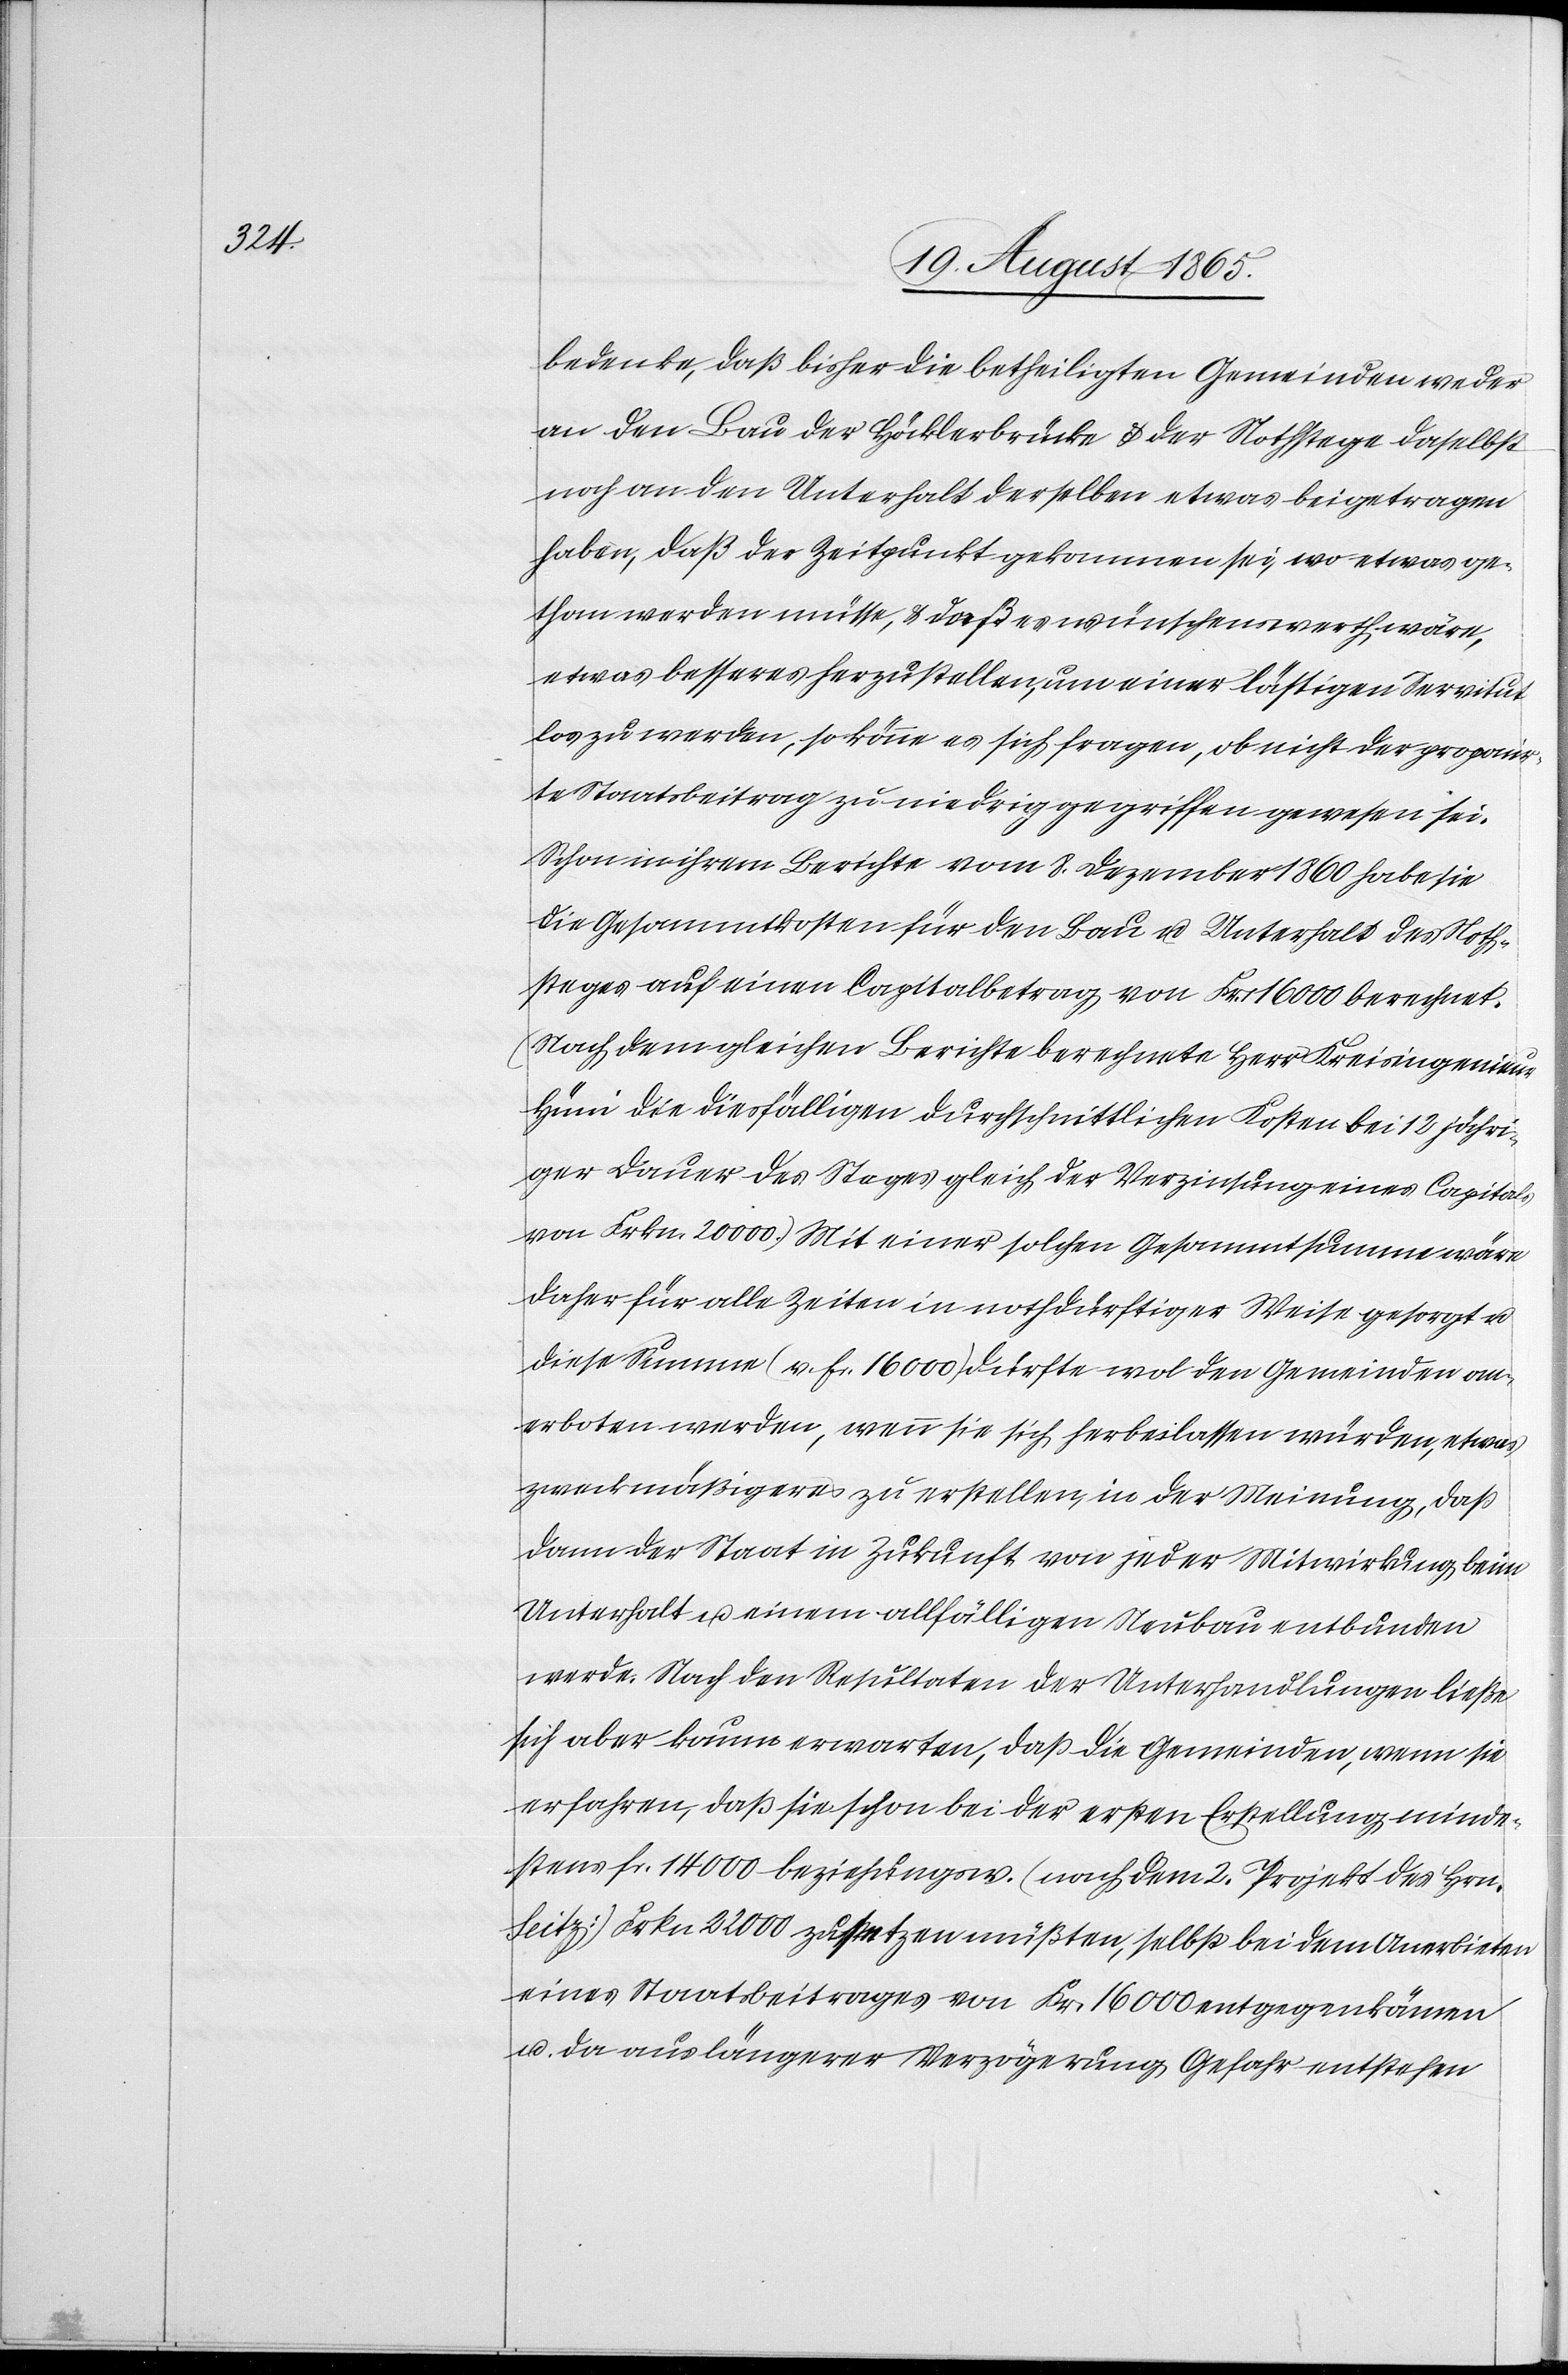
bedenke, daß bisher die betheiligten Gemeinden weder
an den Bau der Höcklerbrücke u. der Nothstege daselbst
noch an den Unterhalt derselben etwas beigetragen
haben, daß der Zeitpunkt gekommen sei, wo etwas ge¬
than werden müsse, u. daß es wünschenswerth wäre,
etwas besseres herzustellen, um einer lästigen Servitut
los zu werden, so könne es sich fragen, ob nicht der proponir¬
te Staatsbeitrag zu niedrig gegriffen gewesen sei.
Schon in ihrem Berichte vom 8. Dezember 1860 habe sie
die Gesammtkosten für den Bau u. Unterhalt des Noth¬
steges auf einen Capitalbetrag von Fr. 16 000 berechnet.
(Nach dem gleichen Berichte berechnete Herr Kreisingenieur
Hüni die diesfälligen durchschnittlichen Kosten bei 12 jähri¬
ger Dauer des Steges gleich der Verzinsung eines Capitals
von Frkn. 20 000.) Mit einer solchen Gesammtsumme wäre
daher für alle Zeiten in nothdürftiger Weise gesorgt u.
diese Summe (v. f. 16 000) dürfte wol den Gemeinden an¬
erboten werden, wenn sie sich herbeilassen würden, etwas
zweckmäßigeres zu erstellen, in der Meinung, daß
dann der Staat in Zukunft von jeder Mitwirkung beim
Unterhalt u. einem allfälligen Neubau entbunden
werde. Nach den Resultaten der Unterhandlungen ließe
sich aber kaum erwarten, daß die Gemeinden, wenn sie
erfahren, daß sie schon bei der ersten Erstellung minde¬
stens fr. 14 000 beziehungsw. (nach dem 2. Projekt des Hrn.
Seitz) Frkn. 22 000 zusetzen müßten, selbst bei dem Anerbieten
eines Staatsbeitrages von Fr. 16 000 entgegenkämen
u. da aus längerer Verzögerung Gefahr entstehen